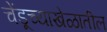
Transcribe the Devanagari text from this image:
चेंडूच्याखेळातील